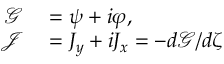
\begin{array} { r l } { \mathcal { G } } & { { } = \psi + i \varphi , } \\ { \mathcal { J } } & { { } = J _ { y } + i J _ { x } = - d \mathcal { G } / d \zeta } \end{array}